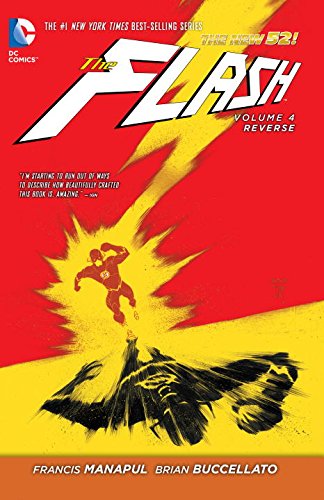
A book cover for The Flash Vol. 4: Reverse (The New 52); Francis Manapul; Comics & Graphic Novels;